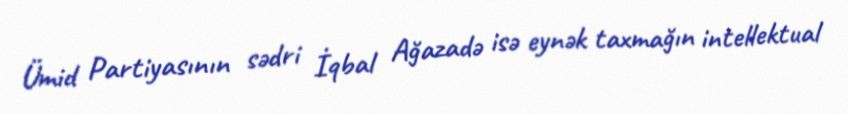
Ümid Partiyasının sədri İqbal Ağazadə isə eynək taxmağın intellektual